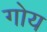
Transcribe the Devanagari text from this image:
गोय